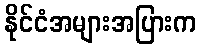
နိုင်ငံအများအပြားက